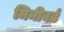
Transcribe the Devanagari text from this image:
मिनीबर्ड